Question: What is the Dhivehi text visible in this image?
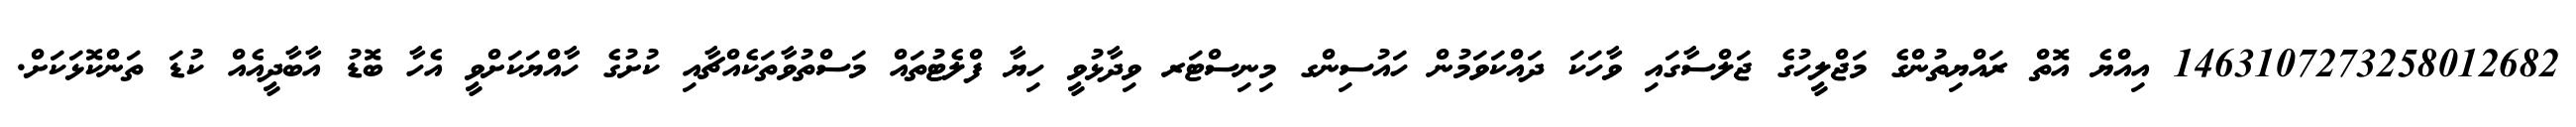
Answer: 1463107273258012682 އިއްޔެ އޮތް ރައްޔިތުންގެ މަޖްލީހުގެ ޖަލްސާގައި ވާހަކަ ދައްކަވަމުން ހައުސިންގ މިނިސްޓަރ ވިދާޅުވީ ހިޔާ ފްލެޓުތައް މަސްތުވާތަކެއްޗާއި ކުށުގެ ހާއްޔަކަށްވީ އެހާ ބޮޑު އާބާދީއެއް ކުޑަ ތަންކޮޅަކަށް.